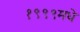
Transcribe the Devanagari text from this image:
१९९९मधे